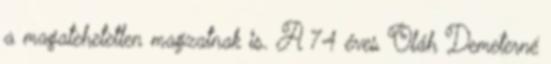
a magatehetetlen magzatnak is. A 74 éves Oláh Demeterné